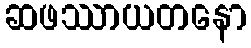
ဆဖဿာယတနော